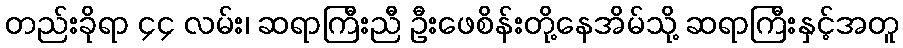
တည်းခိုရာ ၄၄ လမ်း၊ ဆရာကြီးညီ ဦးဖေစိန်းတို့နေအိမ်သို့ ဆရာကြီးနှင့်အတူ